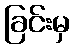
ခြင်းမှ